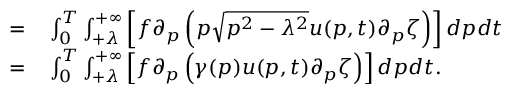
\begin{array} { r l } { = } & { { } \int _ { 0 } ^ { T } \int _ { + \lambda } ^ { + \infty } \left[ f \partial _ { p } \left( p \sqrt { p ^ { 2 } - \lambda ^ { 2 } } u ( p , t ) \partial _ { p } \zeta \right) \right] d p d t } \\ { = } & { { } \int _ { 0 } ^ { T } \int _ { + \lambda } ^ { + \infty } \left[ f \partial _ { p } \left( \gamma ( p ) u ( p , t ) \partial _ { p } \zeta \right) \right] d p d t . } \end{array}